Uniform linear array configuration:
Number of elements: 8
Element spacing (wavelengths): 0.25
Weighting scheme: binomial
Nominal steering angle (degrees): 0
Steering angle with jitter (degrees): -1.011
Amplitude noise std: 0.05
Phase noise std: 0.05

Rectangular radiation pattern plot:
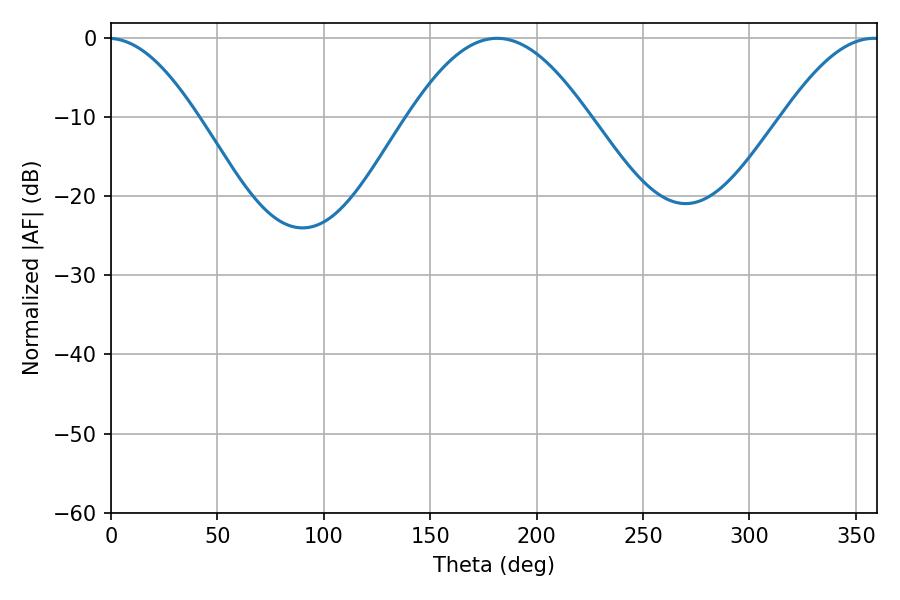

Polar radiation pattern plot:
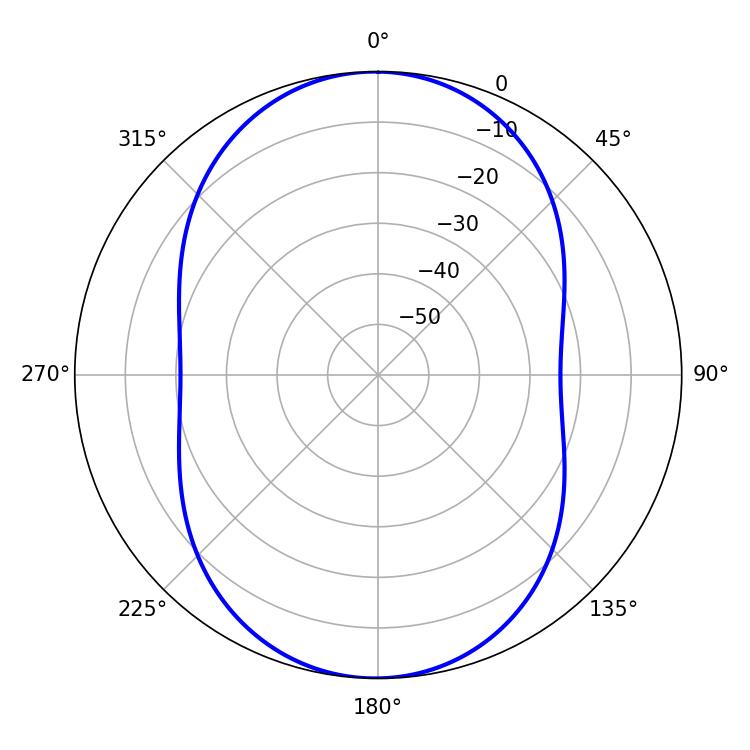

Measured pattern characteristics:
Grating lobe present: FALSE
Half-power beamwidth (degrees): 24.48
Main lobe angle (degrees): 358.56